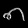
Digit: ၈